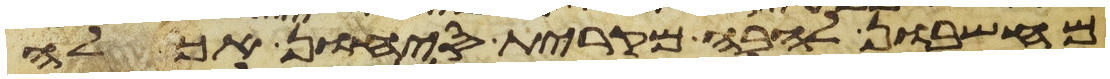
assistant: מחשבון להבה מקרית סיחון אכלה